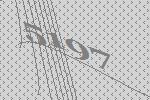
5197